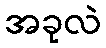
အခုလဲ